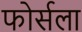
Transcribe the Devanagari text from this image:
फोर्सला